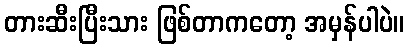
တားဆီးပြီးသား ဖြစ်တာကတော့ အမှန်ပါပဲ။